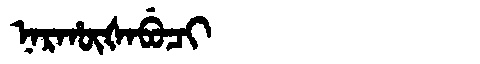
Manchu: ᠨᠠᡵᡥᡡᡧᠠᠪᡠᠴᡳ
Romanization: NARHŪŠABUCI